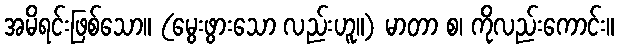
အမိရင်းဖြစ်သော။ (မွေးဖွားသော လည်းဟူ။) မာတာ စ၊ ကိုလည်းကောင်း။